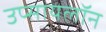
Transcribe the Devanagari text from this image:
उप्सायलॉन